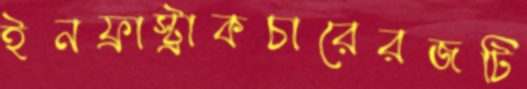
ইনফ্রাস্ট্রাকচারেরজটি